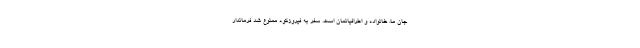
جان ما، خانواده و اطرافیانمان است. سفر به فیروزکوه ممنوع شد فرماندار